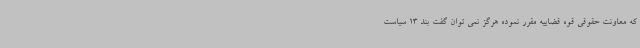
که معاونت حقوقی قوه قضاییه مقرر نموده هرگز نمی توان گفت بند 13 سیاست